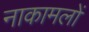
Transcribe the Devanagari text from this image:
नाकामलों